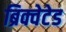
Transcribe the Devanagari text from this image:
ब्रिक्वेटेड